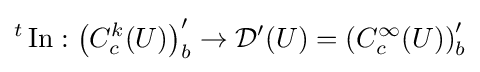
{}^{t}\operatorname {In} :\left(C_{c}^{k}(U)\right)_{b}^{\prime }\to {\mathcal {D}}^{\prime }(U)=\left(C_{c}^{\infty }(U)\right)_{b}^{\prime }